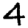
Digit: 4